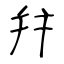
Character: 幷